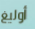
أوليغ